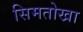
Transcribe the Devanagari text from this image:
सिमतोखा